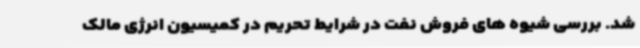
شد. بررسی شیوه های فروش نفت در شرایط تحریم در کمیسیون انرژی مالک